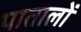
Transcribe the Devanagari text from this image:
पातालों